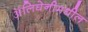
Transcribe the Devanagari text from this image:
ॲलिघेनीमधील